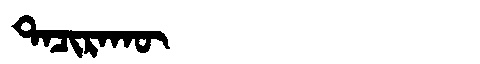
Manchu: ᡨᠠᠴᡳᡵᠠᡴᡡ
Romanization: TACIRAKŪ